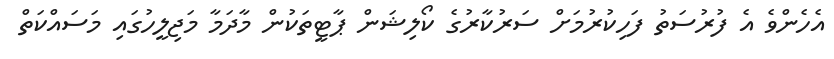
އެހެންވެ އެ ފުރުސަތު ފަހިކުރުމަށް ސަރުކާރުގެ ކޯލިޝަން ޕާޓީތަކުން މާދަމާ މަޖިލީހުގައި މަސައްކަތް